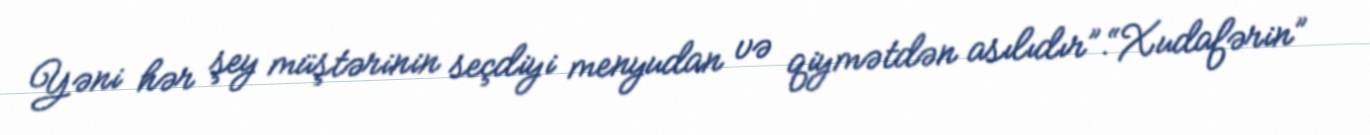
Yəni hər şey müştərinin seçdiyi menyudan və qiymətdən asılıdır”.“Xudafərin”